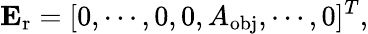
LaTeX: \mathbf{E}_{\mathrm{r}}=[0,\cdots,0,0,A_{\mathrm{obj}},\cdots,0]^{T},